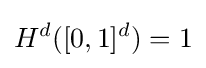
H^{d}([0,1]^{d})=1